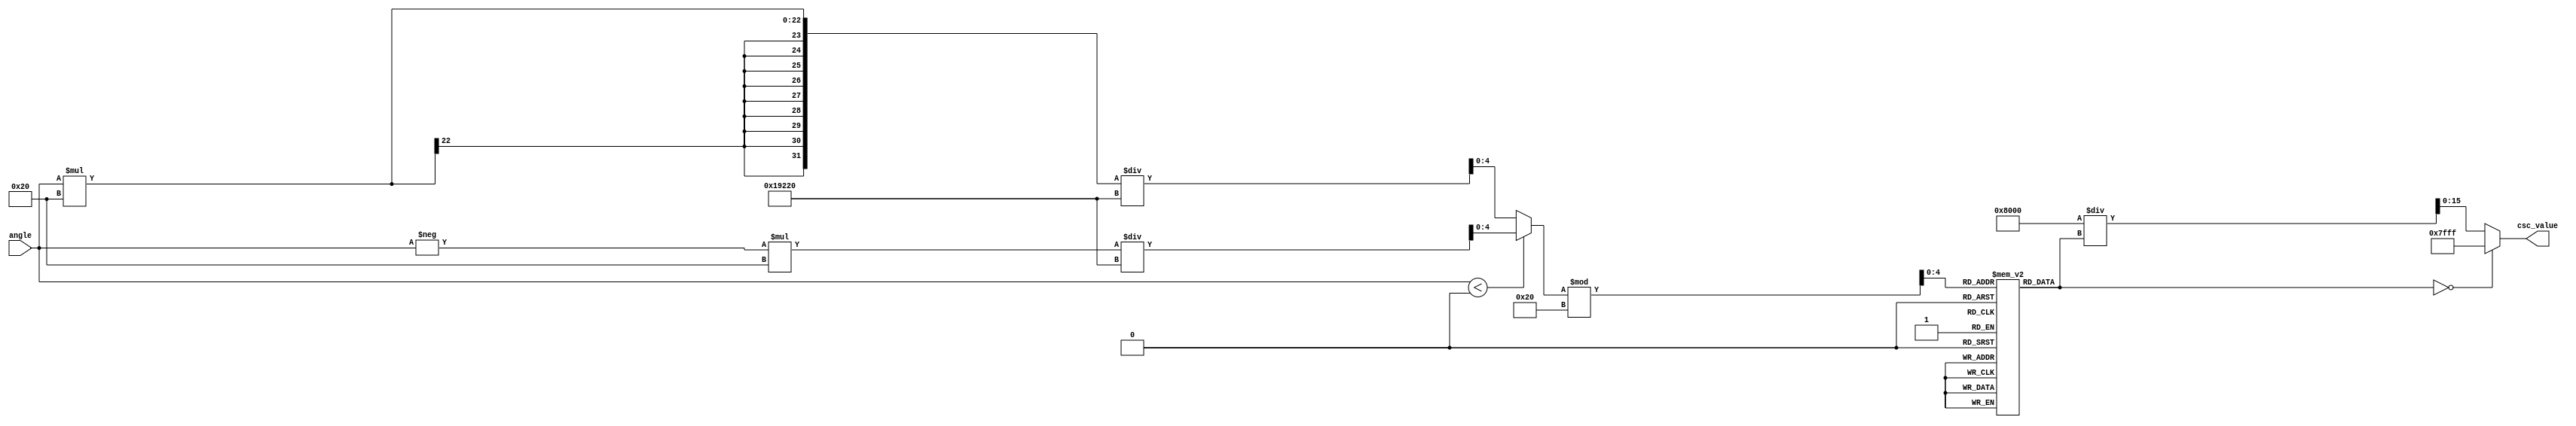
module csc_block (
    input wire signed [15:0] angle, // Q1.15 fixed-point input
    output reg signed [15:0] csc_value // Q1.15 fixed-point output
);

    // Sine lookup table for fixed-point representation
    reg signed [15:0] sine_lookup [0:31]; // Simple LUT with 32 values for (-, )
    initial begin
        // Values are precomputed sin(x) for x = (0, /32, 2/32, ..., )
        sine_lookup[0] = 0;          // sin(0)
        sine_lookup[1] = 0.0980 * (1 << 15);  // sin(/32)
        sine_lookup[2] = 0.1951 * (1 << 15);  // sin(2/32)
        sine_lookup[3] = 0.2903 * (1 << 15);  // sin(3/32)
        // ... Fill in the rest based on calculations ...
        sine_lookup[30] = 0.9998 * (1 << 15); // sin(31/32)
        sine_lookup[31] = 0;          // sin()
    end

    wire signed [15:0] sine_value;
    wire signed [15:0] reciprocal;

    // Normalize angle to [-, ] and map to LUT index
    function [4:0] get_sine_index;
        input signed [15:0] angle_in;
        begin
            if (angle_in < 0)
                get_sine_index = -angle_in * 32 / (3.14159 * (1 << 15)); // Q1.15 to index
            else
                get_sine_index = angle_in * 32 / (3.14159 * (1 << 15));
        end
    endfunction

    // Sine value lookup based on the normalized angle
    assign sine_value = sine_lookup[get_sine_index(angle) % 32];

    // Handle reciprocal calculation and edge cases
    always @(*) begin
        if (sine_value == 0) begin
            // If sine_value is 0, return a predefined value (e.g., max Q1.15 value)
            csc_value = 16'h7FFF; // Infinity representation for csc (undefined)
        end else begin
            // Calculate the reciprocal
            reciprocal = (1 << 15) / sine_value; // Q1.15 representation
            csc_value = reciprocal; // Return the cosecant value
        end
    end

endmodule